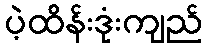
ပဲ့ထိန်းဒုံးကျည်